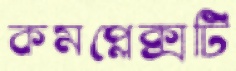
কমপ্লেক্সটি